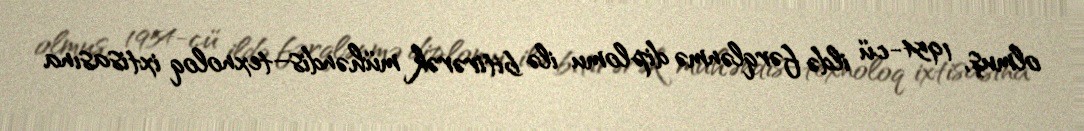
olmuş, 1954-cü ildə fərqlənmə diplomu ilə bitirərək mühəndis–texnoloq ixtisasına